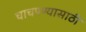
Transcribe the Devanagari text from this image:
चाचपण्यासाठी